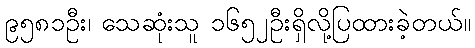
၉၅၈၁ဦး၊ သေဆုံးသူ ၁၆၅၂ဦးရှိလို့ပြထားခဲ့တယ်။